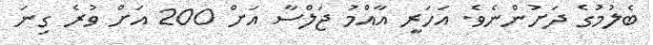
ބެލުމުގެ ދަށުންނެވެ. އަހަރީ އާއްމު ޖަލްސާ އަށް 200 އަށް ވުރެ ގިނަ